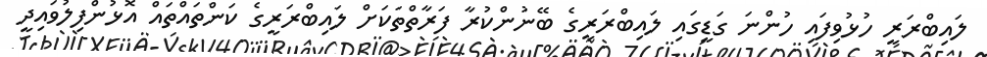
ލައިބްރަރީ ހުޅުވިފައި ހުންނަ ގަޑީގައި ލައިބްރަރީގެ ބޭނުންކުރާ ފަރާތްތަކަށް ލައިބްރަރީގެ ކަންތައްތައް އޮޅުންފިލުވައިދީ